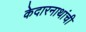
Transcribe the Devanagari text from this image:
केदारनाथांची